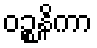
ဝဉ္စနိကာ